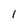
Character: 1